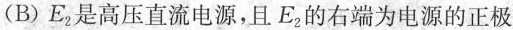
(B)E_{2}是高压直流电源，且E_{2}的右端为电源的正极